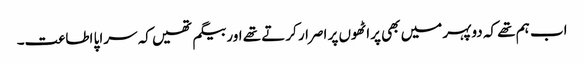
اب ہم تھے کہ دوپہر میں بھی پراٹھوں پر اصرار کرتے تھے اور بیگم تھیں کہ سراپا اطاعت۔